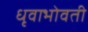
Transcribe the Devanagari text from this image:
धृवाभोवती